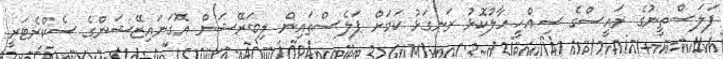
ފަލަސްތީނުގެ ރައީސްގެ ސިއްހީ ހާލުކޮޅު ރަނގަޅު ކަމަށް ޕަލެސްތައިން ލިބަރޭޝަން އޮގަނައިޒޭޝަންގެ ސެކްރެޓަރީ